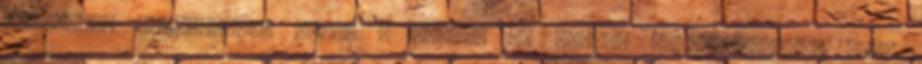
pradzsnyá birtokosává teszi a jógit. Az anyagi kötöttségekből való